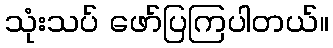
သုံးသပ် ဖော်ပြကြပါတယ်။